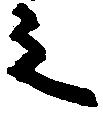
之